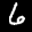
Label: 6